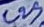
Text: C29